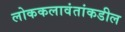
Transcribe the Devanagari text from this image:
लोककलावंतांकडील